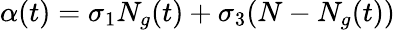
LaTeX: \alpha(t)=\sigma_{1}N_{g}(t)+\sigma_{3}(N-N_{g}(t))